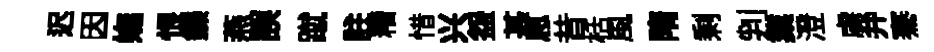
迟因嫵恨鑠燕誤蹴註糟惜兴盌甚㤙昔栝風隋剩判業澄虜弁騫